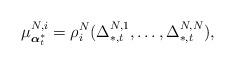
LaTeX: \begin{align*}\mu^{N,i}_{\boldsymbol{\alpha}^*_t}=\rho_i^N(\Delta_{*,t}^{N,1},\ldots,\Delta_{*,t}^{N,N}), \end{align*}